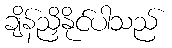
ချိန်ညှိနိုင်ပါသည်